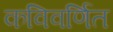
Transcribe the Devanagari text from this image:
कविवर्णित